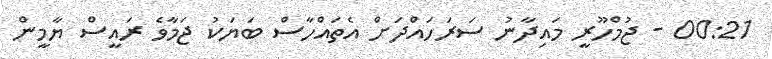
00:21 - ޖުމްހޫރީ މައިދާނު ސަރަހައްދަށް އެތައްހާސް ބަޔަކު ޖަމާވެ ރައީސް ޔާމީން